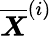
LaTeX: \overline{{\boldsymbol X}}^{(i)}